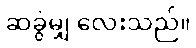
ဆခွဲမျှ လေးသည်။